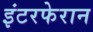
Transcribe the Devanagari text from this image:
इंटरफेरान